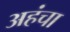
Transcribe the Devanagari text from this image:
अहंचा